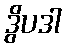
ဒွိပဒါ